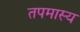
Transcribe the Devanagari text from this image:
तपमास्य